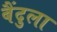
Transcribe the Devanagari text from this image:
बैंदुला